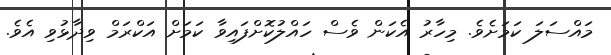
މައްސަލަ ކަމަށެވެ. މިހާރު އެކަން ވެސް ހައްލުކޮށްފައިވާ ކަމަށް އަކްރަމް ވިދާޅުވި އެވެ.